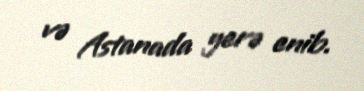
və Astanada yerə enib.